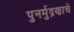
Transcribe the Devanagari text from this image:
पुनर्मुद्रणाचे